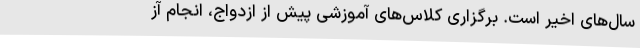
سال‌های اخیر است. برگزاری کلاس‌های آموزشی پیش از ازدواج، انجام آز